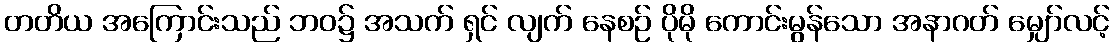
တတိယ အကြောင်းသည် ဘဝ၌ အသက် ရှင် လျက် နေစဉ် ပိုမို ကောင်းမွန်သော အနာဂတ် မျှော်လင့်